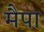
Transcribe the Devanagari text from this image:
मैपा